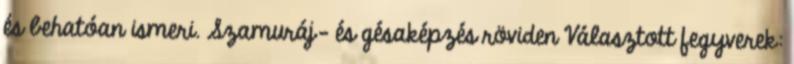
és behatóan ismeri. Szamuráj- és gésaképzés röviden Választott fegyverek: